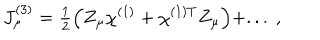
J _ { \mu } ^ { ( 3 ) } = { \textstyle \frac 1 2 } \Bigl ( Z _ { \mu } \chi ^ { ( 1 ) } + \chi ^ { ( 1 ) T } Z _ { \mu } \Bigr ) + . . . ~ ,